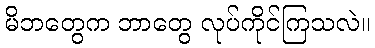
မိဘတွေက ဘာတွေ လုပ်ကိုင်ကြသလဲ။